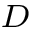
_ D